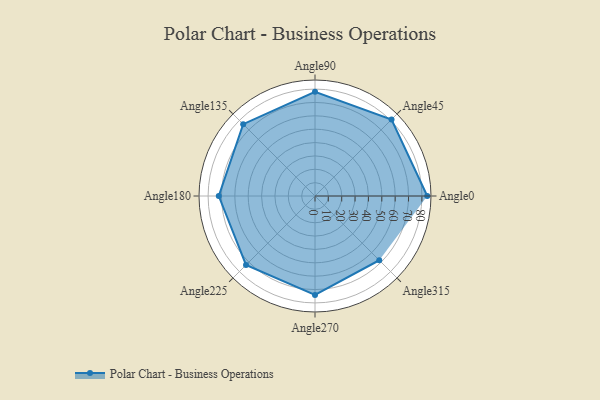
{"axis": {"x": "Angle", "y": "Radius"}, "legend": [""], "data": [{"x": "Angle0", "y": 84.0, "type": ""}, {"x": "Angle45", "y": 81.0, "type": ""}, {"x": "Angle90", "y": 78.0, "type": ""}, {"x": "Angle135", "y": 76.0, "type": ""}, {"x": "Angle180", "y": 72.0, "type": ""}, {"x": "Angle225", "y": 73.0, "type": ""}, {"x": "Angle270", "y": 74.0, "type": ""}, {"x": "Angle315", "y": 68.0, "type": ""}]}